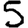
Digit: 5